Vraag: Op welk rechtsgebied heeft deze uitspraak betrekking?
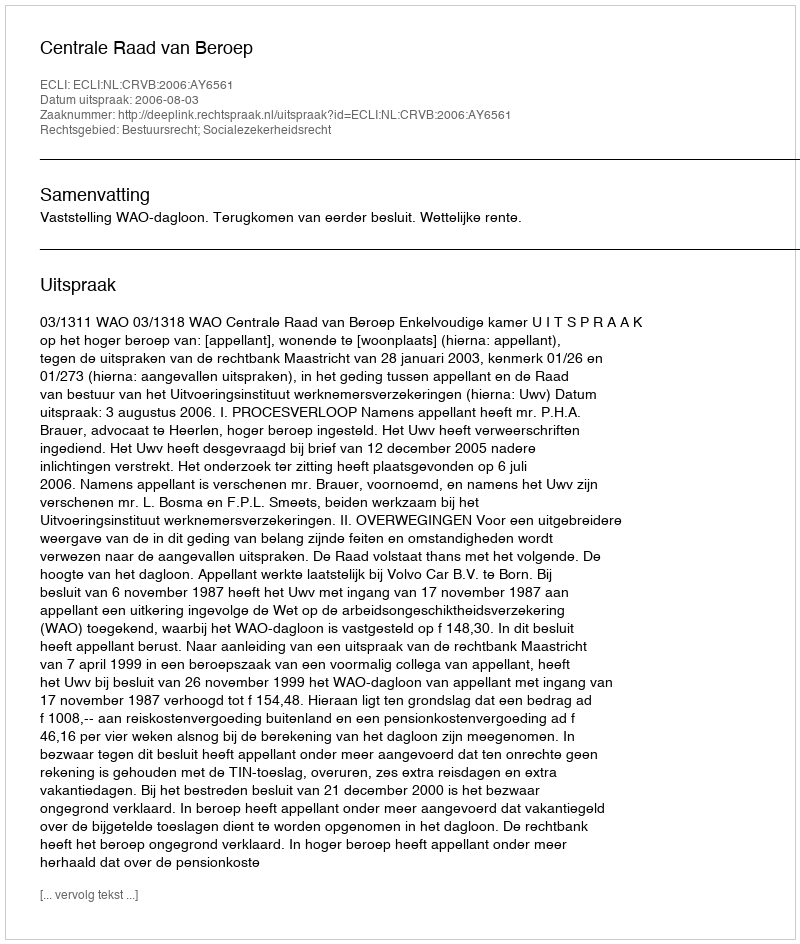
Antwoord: Bestuursrecht; Socialezekerheidsrecht